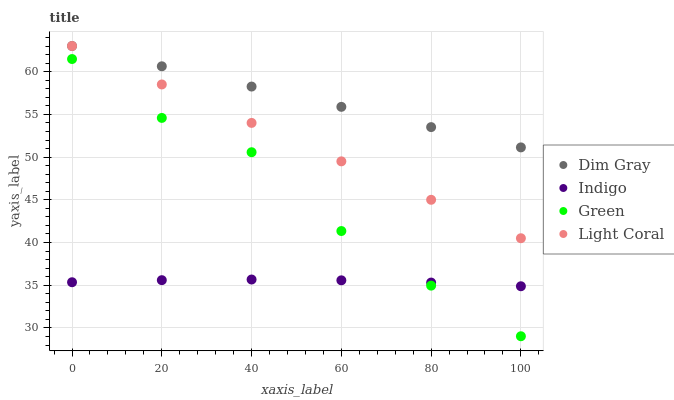
| xaxis_label | Dim Gray | Indigo | Green | Light Coral |
 | --- | --- | --- | --- | --- |
 | 0 | 63 | 35.4 | 61.5 | 63 |
 | 20 | 60.6 | 35.6 | 54.6 | 58.5 |
 | 40 | 58.3 | 35.7 | 50.6 | 54 |
 | 60 | 55.9 | 35.6 | 41.3 | 49.5 |
 | 80 | 53.5 | 35.3 | 35 | 45 |
 | 100 | 51.1 | 34.9 | 29 | 40.5 |